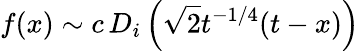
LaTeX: f(x)\sim c\, D_{i}\left(\sqrt{2}t^{-1/4}(t-x)\right)